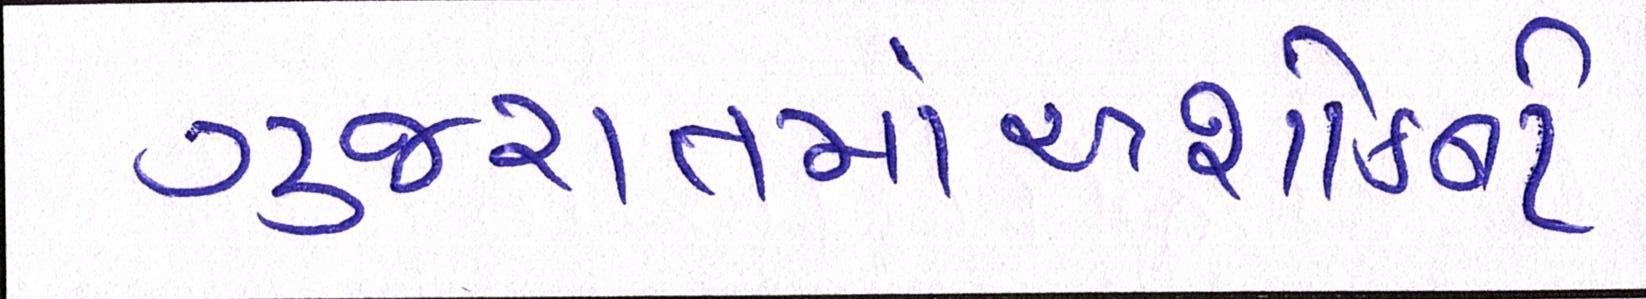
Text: ગુજરાતમાંઅશોકનો